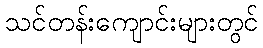
သင်တန်းကျောင်းများတွင်